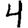
Digit: 4